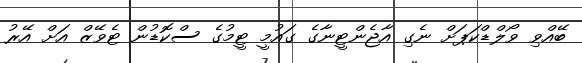
ބޭއްވި ވޯލްޑްކަޕަށް ނެގި އާޖެންޓީނާގެ ގައުމީ ޓީމުގެ ސްކޮޑުން ޓެވޭޒް އަށް އޭރު